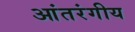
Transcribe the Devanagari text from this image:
आंतरंगीय